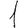
Digit: 1